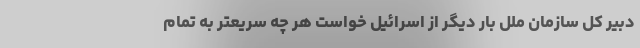
دبیر کل سازمان ملل بار دیگر از اسرائيل خواست هر چه سریعتر به تمام